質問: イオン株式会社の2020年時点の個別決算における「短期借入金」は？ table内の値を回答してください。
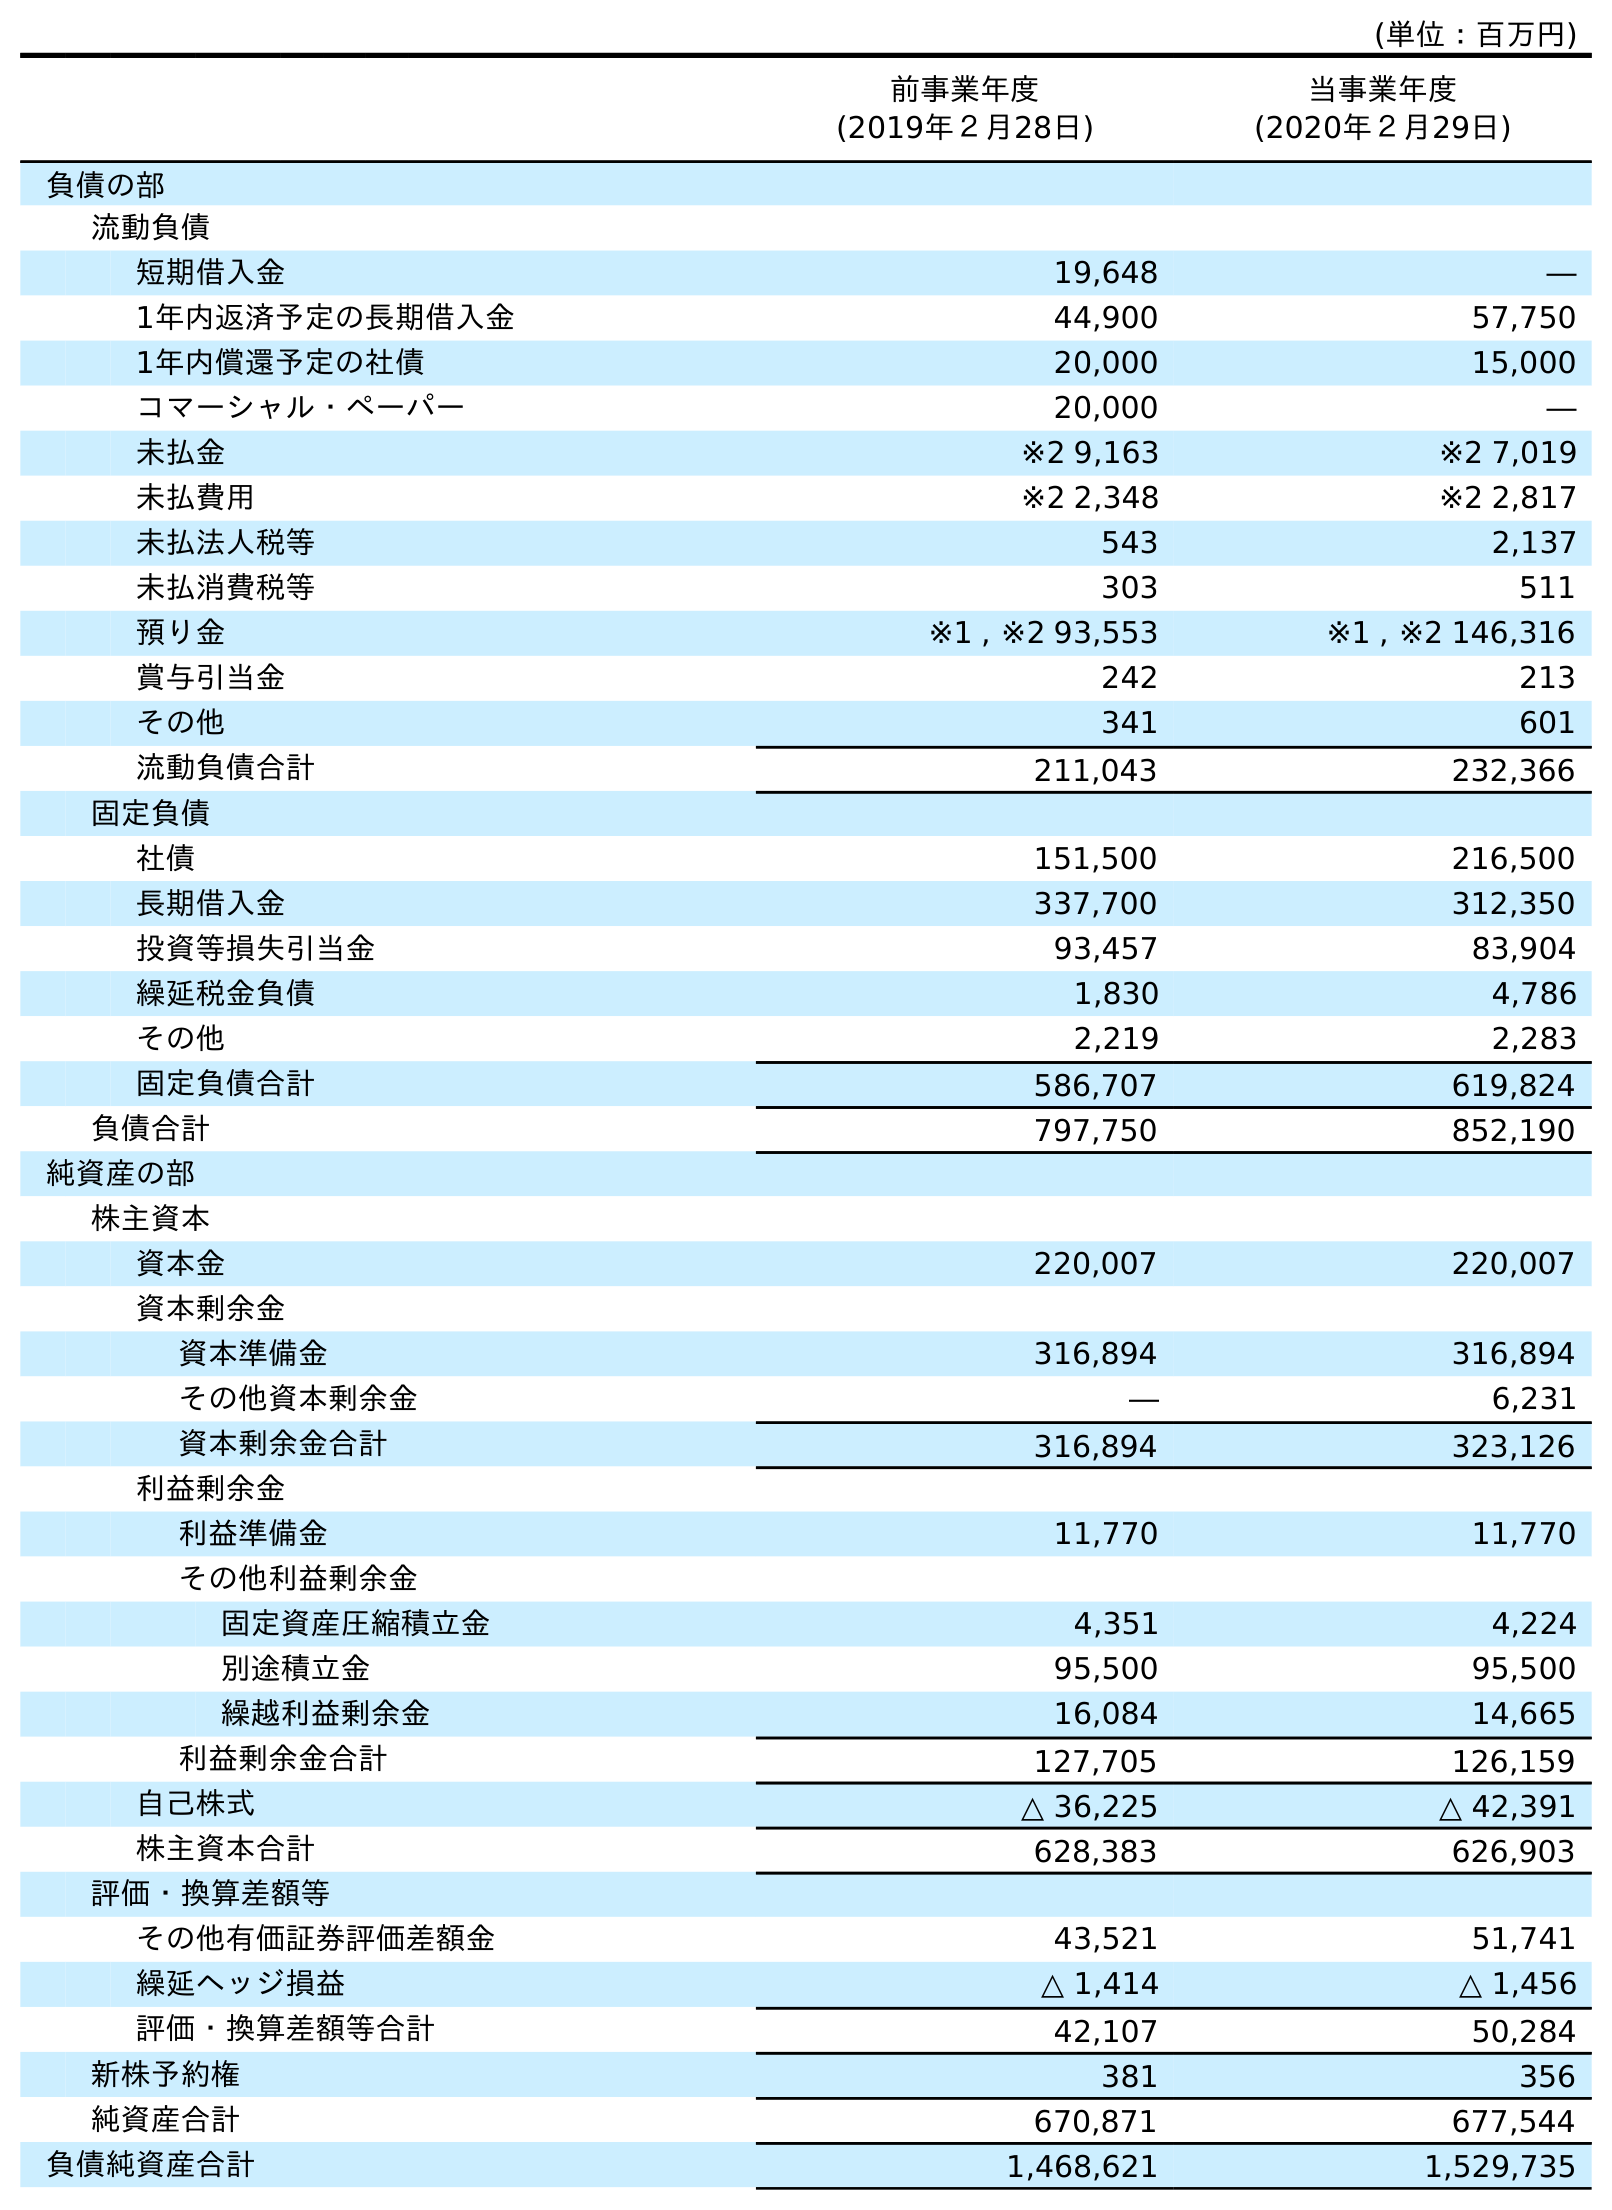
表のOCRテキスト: (単位：百万円) 前事業年度 (2019年２月28日) 当事業年度 (2020年２月29日) 負債の部 流動負債 短期借入金 19,648 ― 1年内返済予定の長期借入金 44,900 57,750 1年内償還予定の社債 20,000 15,000 コマーシャル・ペーパー 20,000 ― 未払金 ※2 9,163 ※2 7,019 未払費用 ※2 2,348 ※2 2,817 未払法人税等 543 2,137 未払消費税等 303 511 預り金 ※1 , ※2 93,553 ※1 , ※2 146,316 賞与引当金 242 213 その他 341 601 流動負債合計 211,043 232,366 固定負債 社債 151,500 216,500 長期借入金 337,700 312,350 投資等損失引当金 93,457 83,904 繰延税金負債 1,830 4,786 その他 2,219 2,283 固定負債合計 586,707 619,824 負債合計 797,750 852,190 純資産の部 株主資本 資本金 220,007 220,007 資本剰余金 資本準備金 316,894 316,894 その他資本剰余金 ― 6,231 資本剰余金合計 316,894 323,126 利益剰余金 利益準備金 11,770 11,770 その他利益剰余金 固定資産圧縮積立金 4,351 4,224 別途積立金 95,500 95,500 繰越利益剰余金 16,084 14,665 利益剰余金合計 127,705 126,159 自己株式 △ 36,225 △ 42,391 株主資本合計 628,383 626,903 評価・換算差額等 その他有価証券評価差額金 43,521 51,741 繰延ヘッジ損益 △ 1,414 △ 1,456 評価・換算差額等合計 42,107 50,284 新株予約権 381 356 純資産合計 670,871 677,544 負債純資産合計 1,468,621 1,529,735
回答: ―